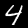
Label: 4